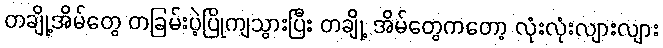
တချို့အိမ်တွေ တခြမ်းပဲ့ပြိုကျသွားပြီး တချို့ အိမ်တွေကတော့ လုံးလုံးလျားလျား